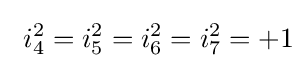
\ i_{4}^{2}=i_{5}^{2}=i_{6}^{2}=i_{7}^{2}=+1